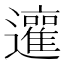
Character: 𨘿